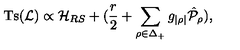
\mathrm { T s } ( { \cal L } ) \propto { \cal H } _ { R S } + ( { \frac { r } { 2 } } + \sum _ { \rho \in \Delta _ { + } } g _ { | \rho | } \hat { \cal P } _ { \rho } ) ,